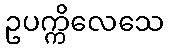
ဥပက္ကိလေသေ